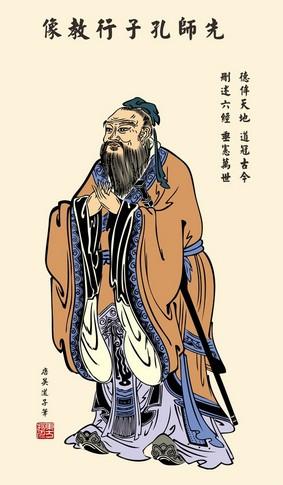
己欲立而立人，己欲达而达人。